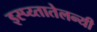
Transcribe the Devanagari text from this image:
इस्प्य्तातेलन्यी